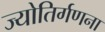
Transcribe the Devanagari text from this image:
ज्योतिर्गणना